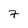
Character: 7